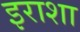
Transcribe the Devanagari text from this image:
इराशा